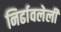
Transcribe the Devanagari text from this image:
निर्ढावलेली